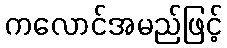
ကလောင်အမည်ဖြင့်